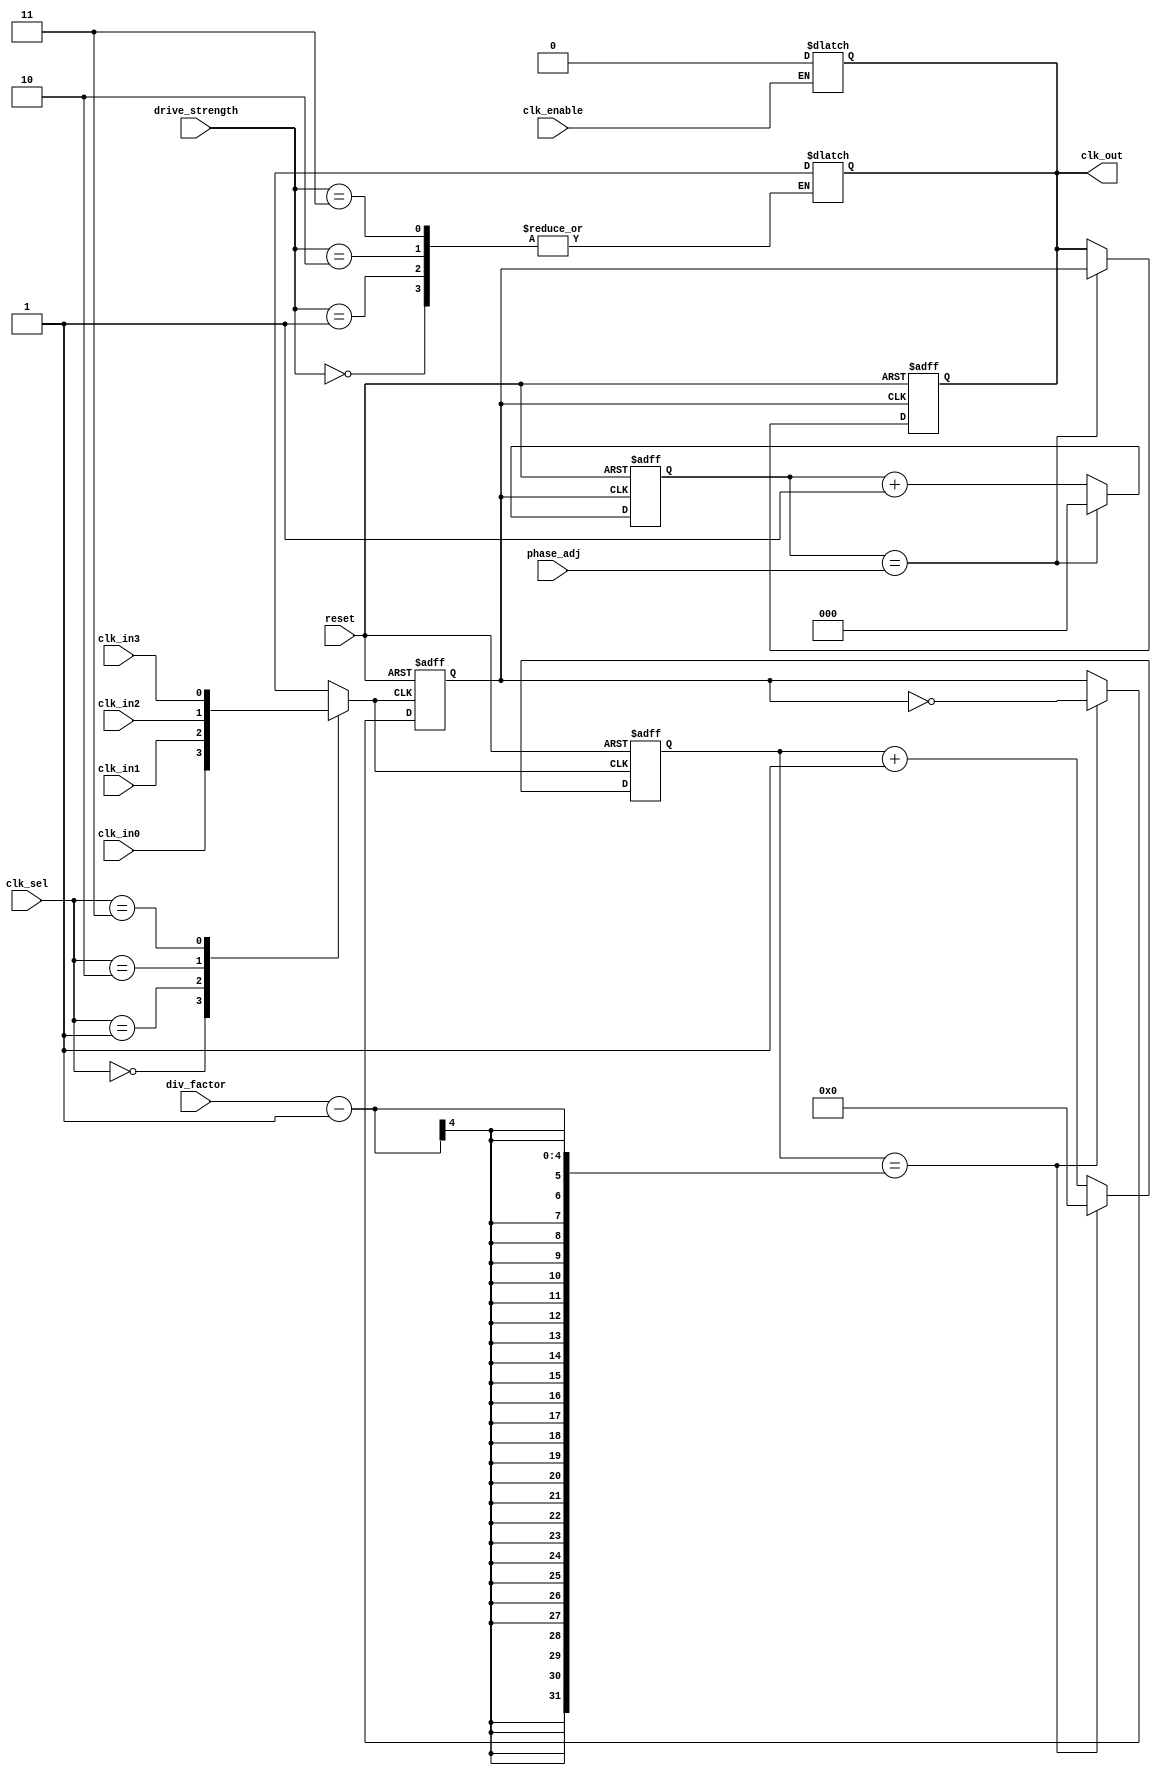
module ProgrammableClockBuffer (
    input wire clk_in0,          // Clock Input 0
    input wire clk_in1,          // Clock Input 1
    input wire clk_in2,          // Clock Input 2
    input wire clk_in3,          // Clock Input 3
    input wire [1:0] clk_sel,    // Clock Source Select
    input wire [3:0] div_factor,  // Frequency Division Factor
    input wire [2:0] phase_adj,   // Phase Adjustment
    input wire [1:0] drive_strength, // Output Drive Strength Control
    input wire clk_enable,        // Clock Enable (for gating)
    input wire reset,             // Reset Signal
    output reg clk_out            // Output Clock
);

    reg selected_clk;
    reg clk_divided;
    reg [3:0] divider_count;

    // Clock Selection MUX
    always @(*) begin
        case (clk_sel)
            2'b00: selected_clk = clk_in0;
            2'b01: selected_clk = clk_in1;
            2'b10: selected_clk = clk_in2;
            2'b11: selected_clk = clk_in3;
            default: selected_clk = clk_in0; // Default case
        endcase
    end

    // Frequency Divider
    always @(posedge selected_clk or posedge reset) begin
        if (reset) begin
            divider_count <= 0;
            clk_divided <= 0;
        end else begin
            if (divider_count == div_factor - 1) begin
                clk_divided <= ~clk_divided; // Toggle the divided clock
                divider_count <= 0;          // Reset counter
            end else begin
                divider_count <= divider_count + 1;
            end
        end
    end

    // Phase Adjustment (simple delay implementation)
    reg [2:0] phase_counter;
    always @(posedge clk_divided or posedge reset) begin
        if (reset) begin
            phase_counter <= 0;
            clk_out <= 0;
        end else begin
            if (phase_counter == phase_adj) begin
                clk_out <= clk_divided; // Output the divided clock after phase adjustment
                phase_counter <= 0; // Reset counter
            end else begin
                phase_counter <= phase_counter + 1;
            end
        end
    end

    // Drive Strength Control (simplified)
    always @(*) begin
        case (drive_strength)
            2'b00: clk_out = clk_out; // Low Drive Strength
            2'b01: clk_out = clk_out; // Medium Drive Strength
            2'b10: clk_out = clk_out; // High Drive Strength
            2'b11: clk_out = clk_out; // Maximum Drive Strength
            default: clk_out = clk_out; // Default case
        endcase
    end

    // Clock Gating Logic
    always @(*) begin
        if (clk_enable) begin
            clk_out = clk_out; // Enable clock output
        end else begin
            clk_out = 0; // Disable clock output
        end
    end

endmodule